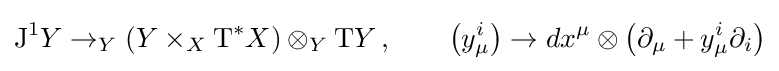
\mathrm {J} ^{1}Y\to _{Y}\left(Y\times _{X}\mathrm {T} ^{*}X\right)\otimes _{Y}\mathrm {T} Y\,,\qquad \left(y_{\mu }^{i}\right)\to dx^{\mu }\otimes \left(\partial _{\mu }+y_{\mu }^{i}\partial _{i}\right)